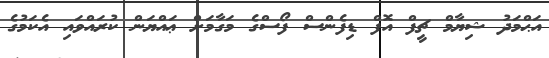
އަޙްމަދު ޝިޔާމް ޗީފް އޮފް ޑިފެންސް ފޯސްގެ މަގާމަށް ޢައްޔަން ކުރައްވައި އެކަމުގެ